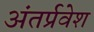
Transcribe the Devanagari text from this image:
अंतर्प्रवेश